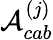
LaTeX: \mathcal{A}_{cab}^{(j)}